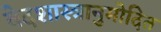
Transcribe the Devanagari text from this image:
वेदशास्त्रानुमोदित